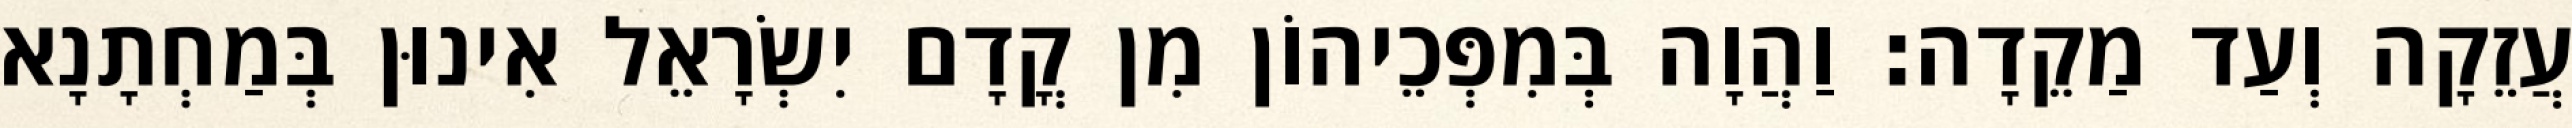
עֲזֵקָה וְעַד מַקֵדָה׃ וַהֲוָה בְּמִפְּכֵיהוֹן מִן קֳדָם יִשְׂרָאֵל אִינוּן בְּמַחְתָנָא